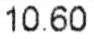
10.60